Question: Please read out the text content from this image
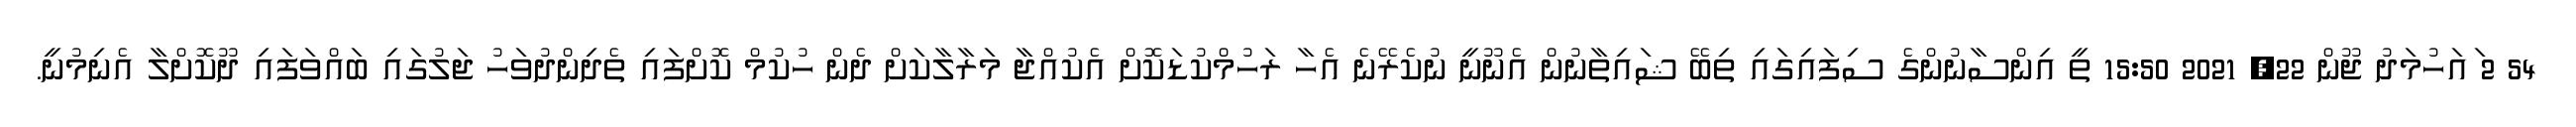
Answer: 54 2 ައަހުމަދު ޖޫން 22, 2021 15:50 ތީ އިންސާނުންގެ ސިފައިގައި ތިބޭ ޝައިތާނުން އެނޫނީ ނުކެރޭނެ އެހާ ރަހުމްކުޑަކޮށް އެކުއްޖާ މަރާލާކަށް ދެން ހުކުމް ކޮށްފައި ތެދިންދުވަހު ޖަލުގައި ބައްވަފައި ދޫކޮށްލާ އެނިމުނީ.